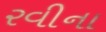
રવીના